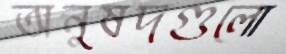
অনুষদগুলো